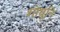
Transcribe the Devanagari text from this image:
शोधूनि